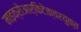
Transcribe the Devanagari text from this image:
माइक्रोआर्किटेक्चरयुक्त